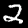
Label: 2